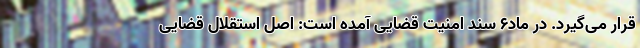
قرار می‌گیرد. در ماد۶ سند امنیت قضایی آمده است: اصل استقلال قضایی